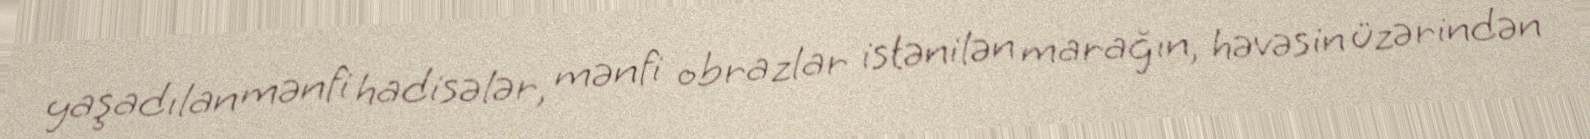
yaşadılan mənfi hadisələr, mənfi obrazlar istənilən marağın, həvəsin üzərindən